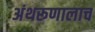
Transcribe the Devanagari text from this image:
अंथरूणालाच